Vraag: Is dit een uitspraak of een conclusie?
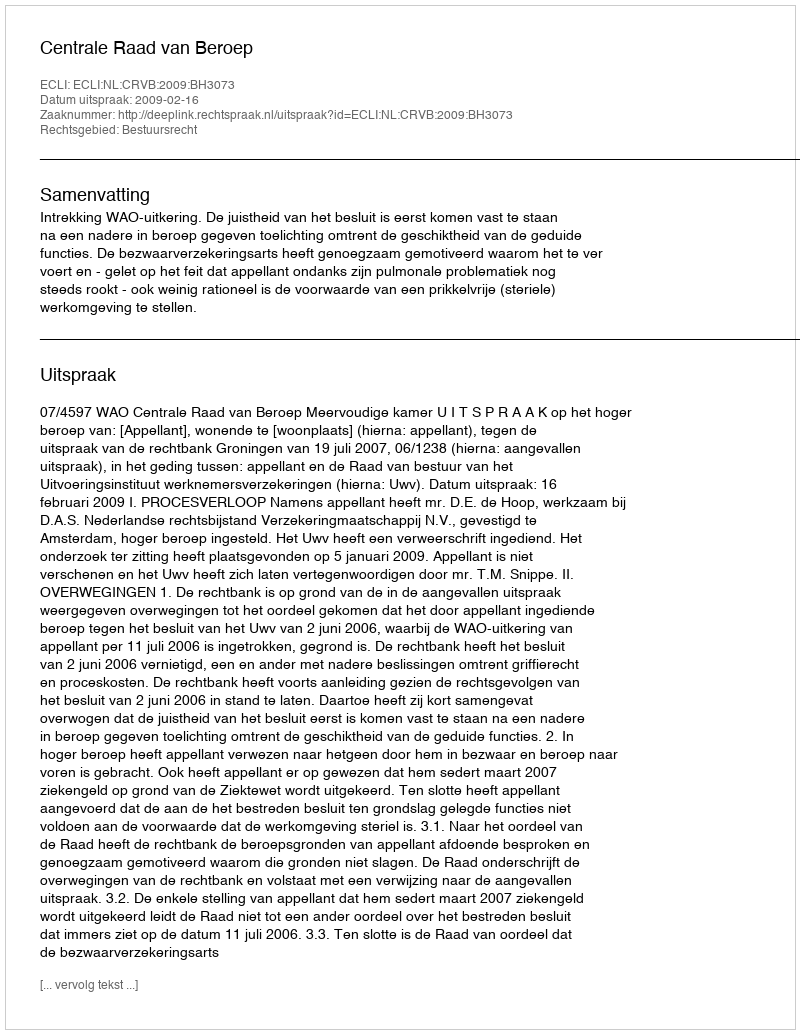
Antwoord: Uitspraak